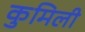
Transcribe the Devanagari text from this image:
कुमिली